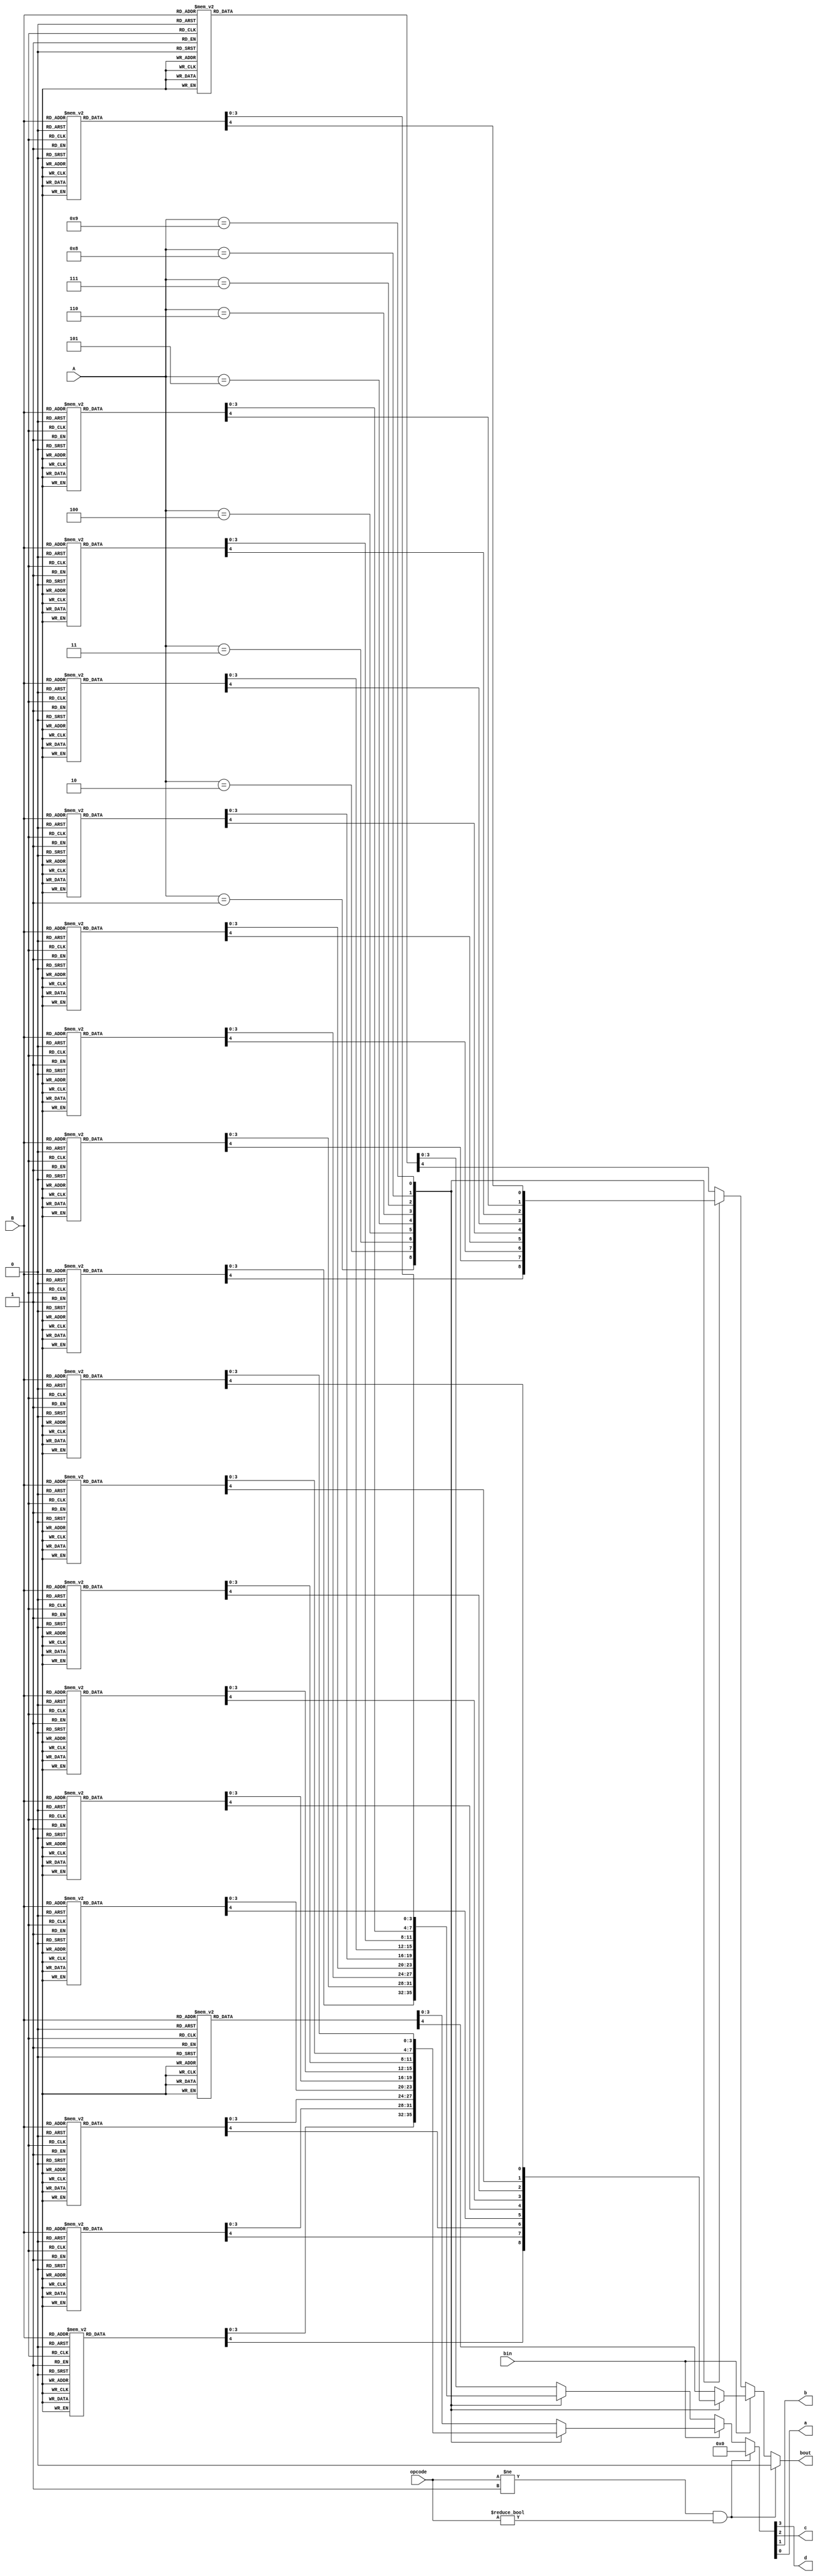
`timescale 1ns / 1ps
//////////////////////////////////////////////////////////////////////////////////
// Company: 
// Engineer: 
// 
// Design Name: 
// Module Name: byteSubtract
// Project Name: 
// Target Devices: 
// Tool Versions: 
// Description: 
// 
// Dependencies: 
// 
// Revision:
// Revision 0.01 - File Created
// Additional Comments:
// 
//////////////////////////////////////////////////////////////////////////////////


module byteSubtract( // B(acc) - A(input) - bin
    output wire d, c, b, a,
    output reg bout,
    input wire [3:0] A,
    input wire [3:0] B,
    input wire bin,
    input wire [2:0] opcode 
    );
    
    reg [3:0] value_out;
    assign {d,c,b,a} = value_out;
    
    always @(A or B or bin or opcode) begin
        if (opcode != 3'h1 && opcode != 3'h0) begin
            value_out = 4'h0; 
            bout = 1'h0;
        end else if (bin) begin
            case (A)
                4'h1 : begin
                    case(B) 
                        4'h1: begin value_out = 4'h9; bout = 1'h1; end
                        4'h2: begin value_out = 4'h0; bout = 1'h0; end
                        4'h3: begin value_out = 4'h1; bout = 1'h0; end
                        4'h4: begin value_out = 4'h2; bout = 1'h0; end
                        4'h5: begin value_out = 4'h3; bout = 1'h0; end
                        4'h6: begin value_out = 4'h4; bout = 1'h0; end
                        4'h7: begin value_out = 4'h5; bout = 1'h0; end
                        4'h8: begin value_out = 4'h6; bout = 1'h0; end
                        4'h9: begin value_out = 4'h7; bout = 1'h0; end
                        default: begin value_out = 4'h8; bout = 1'h1; end
                    endcase
                end
                4'h2 : begin
                    case(B) 
                        4'h1: begin value_out = 4'h8; bout = 1'h1; end
                        4'h2: begin value_out = 4'h9; bout = 1'h1; end
                        4'h3: begin value_out = 4'h0; bout = 1'h0; end
                        4'h4: begin value_out = 4'h1; bout = 1'h0; end
                        4'h5: begin value_out = 4'h2; bout = 1'h0; end
                        4'h6: begin value_out = 4'h3; bout = 1'h0; end
                        4'h7: begin value_out = 4'h4; bout = 1'h0; end
                        4'h8: begin value_out = 4'h5; bout = 1'h0; end
                        4'h9: begin value_out = 4'h6; bout = 1'h0; end
                        default: begin value_out = 4'h7; bout = 1'h1; end
                    endcase
                end
                4'h3 : begin
                    case(B) 
                        4'h1: begin value_out = 4'h7; bout = 1'h1; end
                        4'h2: begin value_out = 4'h8; bout = 1'h1; end
                        4'h3: begin value_out = 4'h9; bout = 1'h1; end
                        4'h4: begin value_out = 4'h0; bout = 1'h0; end
                        4'h5: begin value_out = 4'h1; bout = 1'h0; end
                        4'h6: begin value_out = 4'h2; bout = 1'h0; end
                        4'h7: begin value_out = 4'h3; bout = 1'h0; end
                        4'h8: begin value_out = 4'h4; bout = 1'h0; end
                        4'h9: begin value_out = 4'h5; bout = 1'h0; end
                        default: begin value_out = 4'h6; bout = 1'h1; end
                    endcase
                end
                4'h4 : begin
                    case(B) 
                        4'h1: begin value_out = 4'h6; bout = 1'h1; end
                        4'h2: begin value_out = 4'h7; bout = 1'h1; end
                        4'h3: begin value_out = 4'h8; bout = 1'h1; end
                        4'h4: begin value_out = 4'h9; bout = 1'h1; end
                        4'h5: begin value_out = 4'h0; bout = 1'h0; end
                        4'h6: begin value_out = 4'h1; bout = 1'h0; end
                        4'h7: begin value_out = 4'h2; bout = 1'h0; end
                        4'h8: begin value_out = 4'h3; bout = 1'h0; end
                        4'h9: begin value_out = 4'h4; bout = 1'h0; end
                        default: begin value_out = 4'h5; bout = 1'h1; end
                    endcase
                end
                4'h5 : begin
                    case(B) 
                        4'h1: begin value_out = 4'h5; bout = 1'h1; end
                        4'h2: begin value_out = 4'h6; bout = 1'h1; end
                        4'h3: begin value_out = 4'h7; bout = 1'h1; end
                        4'h4: begin value_out = 4'h8; bout = 1'h1; end
                        4'h5: begin value_out = 4'h9; bout = 1'h1; end
                        4'h6: begin value_out = 4'h0; bout = 1'h0; end
                        4'h7: begin value_out = 4'h1; bout = 1'h0; end
                        4'h8: begin value_out = 4'h2; bout = 1'h0; end
                        4'h9: begin value_out = 4'h3; bout = 1'h0; end
                        default: begin value_out = 4'h4; bout = 1'h1; end
                    endcase
                end
                4'h6 : begin
                    case(B) 
                        4'h1: begin value_out = 4'h4; bout = 1'h1; end
                        4'h2: begin value_out = 4'h5; bout = 1'h1; end
                        4'h3: begin value_out = 4'h6; bout = 1'h1; end
                        4'h4: begin value_out = 4'h7; bout = 1'h1; end
                        4'h5: begin value_out = 4'h8; bout = 1'h1; end
                        4'h6: begin value_out = 4'h9; bout = 1'h1; end
                        4'h7: begin value_out = 4'h0; bout = 1'h0; end
                        4'h8: begin value_out = 4'h1; bout = 1'h0; end
                        4'h9: begin value_out = 4'h2; bout = 1'h0; end
                        default: begin value_out = 4'h3; bout = 1'h1; end
                    endcase
                end
                4'h7 : begin
                    case(B) 
                        4'h1: begin value_out = 4'h3; bout = 1'h1; end
                        4'h2: begin value_out = 4'h4; bout = 1'h1; end
                        4'h3: begin value_out = 4'h5; bout = 1'h1; end
                        4'h4: begin value_out = 4'h6; bout = 1'h1; end
                        4'h5: begin value_out = 4'h7; bout = 1'h1; end
                        4'h6: begin value_out = 4'h8; bout = 1'h1; end
                        4'h7: begin value_out = 4'h9; bout = 1'h1; end
                        4'h8: begin value_out = 4'h0; bout = 1'h0; end
                        4'h9: begin value_out = 4'h1; bout = 1'h0; end
                        default: begin value_out = 4'h2; bout = 1'h1; end
                    endcase
                end
                4'h8 : begin
                    case(B) 
                        4'h1: begin value_out = 4'h2; bout = 1'h1; end
                        4'h2: begin value_out = 4'h3; bout = 1'h1; end
                        4'h3: begin value_out = 4'h4; bout = 1'h1; end
                        4'h4: begin value_out = 4'h5; bout = 1'h1; end
                        4'h5: begin value_out = 4'h6; bout = 1'h1; end
                        4'h6: begin value_out = 4'h7; bout = 1'h1; end
                        4'h7: begin value_out = 4'h8; bout = 1'h1; end
                        4'h8: begin value_out = 4'h9; bout = 1'h1; end
                        4'h9: begin value_out = 4'h0; bout = 1'h0; end
                        default: begin value_out = 4'h1; bout = 1'h1; end
                    endcase
                end
                4'h9 : begin
                    case(B) 
                        4'h1: begin value_out = 4'h1; bout = 1'h1; end
                        4'h2: begin value_out = 4'h2; bout = 1'h1; end
                        4'h3: begin value_out = 4'h3; bout = 1'h1; end
                        4'h4: begin value_out = 4'h4; bout = 1'h1; end
                        4'h5: begin value_out = 4'h5; bout = 1'h1; end
                        4'h6: begin value_out = 4'h6; bout = 1'h1; end
                        4'h7: begin value_out = 4'h7; bout = 1'h1; end
                        4'h8: begin value_out = 4'h8; bout = 1'h1; end
                        4'h9: begin value_out = 4'h9; bout = 1'h1; end
                        default: begin value_out = 4'h0; bout = 1'h1; end
                    endcase
                end
                default : begin
                    case(B) 
                        4'h1: begin value_out = 4'h0; bout = 1'h0; end
                        4'h2: begin value_out = 4'h1; bout = 1'h0; end
                        4'h3: begin value_out = 4'h2; bout = 1'h0; end
                        4'h4: begin value_out = 4'h3; bout = 1'h0; end
                        4'h5: begin value_out = 4'h4; bout = 1'h0; end
                        4'h6: begin value_out = 4'h5; bout = 1'h0; end
                        4'h7: begin value_out = 4'h6; bout = 1'h0; end
                        4'h8: begin value_out = 4'h7; bout = 1'h0; end
                        4'h9: begin value_out = 4'h8; bout = 1'h0; end
                        default: begin value_out = 4'h9; bout = 1'h1; end
                    endcase
                end
            endcase
        end else begin
            case (A)
                4'h1 : begin
                    case(B) 
                        4'h1: begin value_out = 4'h0; bout = 1'h0; end
                        4'h2: begin value_out = 4'h1; bout = 1'h0; end
                        4'h3: begin value_out = 4'h2; bout = 1'h0; end
                        4'h4: begin value_out = 4'h3; bout = 1'h0; end
                        4'h5: begin value_out = 4'h4; bout = 1'h0; end
                        4'h6: begin value_out = 4'h5; bout = 1'h0; end
                        4'h7: begin value_out = 4'h6; bout = 1'h0; end
                        4'h8: begin value_out = 4'h7; bout = 1'h0; end
                        4'h9: begin value_out = 4'h8; bout = 1'h0; end
                        default: begin value_out = 4'h9; bout = 1'h1; end
                    endcase
                end
                4'h2 : begin
                    case(B) 
                        4'h1: begin value_out = 4'h9; bout = 1'h1; end
                        4'h2: begin value_out = 4'h0; bout = 1'h0; end
                        4'h3: begin value_out = 4'h1; bout = 1'h0; end
                        4'h4: begin value_out = 4'h2; bout = 1'h0; end
                        4'h5: begin value_out = 4'h3; bout = 1'h0; end
                        4'h6: begin value_out = 4'h4; bout = 1'h0; end
                        4'h7: begin value_out = 4'h5; bout = 1'h0; end
                        4'h8: begin value_out = 4'h6; bout = 1'h0; end
                        4'h9: begin value_out = 4'h7; bout = 1'h0; end
                        default: begin value_out = 4'h8; bout = 1'h1; end
                    endcase
                end
                4'h3 : begin
                    case(B) 
                        4'h1: begin value_out = 4'h8; bout = 1'h1; end
                        4'h2: begin value_out = 4'h9; bout = 1'h1; end
                        4'h3: begin value_out = 4'h0; bout = 1'h0; end
                        4'h4: begin value_out = 4'h1; bout = 1'h0; end
                        4'h5: begin value_out = 4'h2; bout = 1'h0; end
                        4'h6: begin value_out = 4'h3; bout = 1'h0; end
                        4'h7: begin value_out = 4'h4; bout = 1'h0; end
                        4'h8: begin value_out = 4'h5; bout = 1'h0; end
                        4'h9: begin value_out = 4'h6; bout = 1'h0; end
                        default: begin value_out = 4'h7; bout = 1'h1; end
                    endcase
                end
                4'h4 : begin
                    case(B) 
                        4'h1: begin value_out = 4'h7; bout = 1'h1; end
                        4'h2: begin value_out = 4'h8; bout = 1'h1; end
                        4'h3: begin value_out = 4'h9; bout = 1'h1; end
                        4'h4: begin value_out = 4'h0; bout = 1'h0; end
                        4'h5: begin value_out = 4'h1; bout = 1'h0; end
                        4'h6: begin value_out = 4'h2; bout = 1'h0; end
                        4'h7: begin value_out = 4'h3; bout = 1'h0; end
                        4'h8: begin value_out = 4'h4; bout = 1'h0; end
                        4'h9: begin value_out = 4'h5; bout = 1'h0; end
                        default: begin value_out = 4'h6; bout = 1'h1; end
                    endcase
                end
                4'h5 : begin
                    case(B) 
                        4'h1: begin value_out = 4'h6; bout = 1'h1; end
                        4'h2: begin value_out = 4'h7; bout = 1'h1; end
                        4'h3: begin value_out = 4'h8; bout = 1'h1; end
                        4'h4: begin value_out = 4'h9; bout = 1'h1; end
                        4'h5: begin value_out = 4'h0; bout = 1'h0; end
                        4'h6: begin value_out = 4'h1; bout = 1'h0; end
                        4'h7: begin value_out = 4'h2; bout = 1'h0; end
                        4'h8: begin value_out = 4'h3; bout = 1'h0; end
                        4'h9: begin value_out = 4'h4; bout = 1'h0; end
                        default: begin value_out = 4'h5; bout = 1'h1; end
                    endcase
                end
                4'h6 : begin
                    case(B) 
                        4'h1: begin value_out = 4'h5; bout = 1'h1; end
                        4'h2: begin value_out = 4'h6; bout = 1'h1; end
                        4'h3: begin value_out = 4'h7; bout = 1'h1; end
                        4'h4: begin value_out = 4'h8; bout = 1'h1; end
                        4'h5: begin value_out = 4'h9; bout = 1'h1; end
                        4'h6: begin value_out = 4'h0; bout = 1'h0; end
                        4'h7: begin value_out = 4'h1; bout = 1'h0; end
                        4'h8: begin value_out = 4'h2; bout = 1'h0; end
                        4'h9: begin value_out = 4'h3; bout = 1'h0; end
                        default: begin value_out = 4'h4; bout = 1'h1; end
                    endcase
                end
                4'h7 : begin
                    case(B) 
                        4'h1: begin value_out = 4'h4; bout = 1'h1; end
                        4'h2: begin value_out = 4'h5; bout = 1'h1; end
                        4'h3: begin value_out = 4'h6; bout = 1'h1; end
                        4'h4: begin value_out = 4'h7; bout = 1'h1; end
                        4'h5: begin value_out = 4'h8; bout = 1'h1; end
                        4'h6: begin value_out = 4'h9; bout = 1'h1; end
                        4'h7: begin value_out = 4'h0; bout = 1'h0; end
                        4'h8: begin value_out = 4'h1; bout = 1'h0; end
                        4'h9: begin value_out = 4'h2; bout = 1'h0; end
                        default: begin value_out = 4'h3; bout = 1'h1; end
                    endcase
                end
                4'h8 : begin
                    case(B) 
                        4'h1: begin value_out = 4'h3; bout = 1'h1; end
                        4'h2: begin value_out = 4'h4; bout = 1'h1; end
                        4'h3: begin value_out = 4'h5; bout = 1'h1; end
                        4'h4: begin value_out = 4'h6; bout = 1'h1; end
                        4'h5: begin value_out = 4'h7; bout = 1'h1; end
                        4'h6: begin value_out = 4'h8; bout = 1'h1; end
                        4'h7: begin value_out = 4'h9; bout = 1'h1; end
                        4'h8: begin value_out = 4'h0; bout = 1'h0; end
                        4'h9: begin value_out = 4'h1; bout = 1'h0; end
                        default: begin value_out = 4'h2; bout = 1'h1; end
                    endcase
                end
                4'h9 : begin
                    case(B) 
                        4'h1: begin value_out = 4'h2; bout = 1'h1; end
                        4'h2: begin value_out = 4'h3; bout = 1'h1; end
                        4'h3: begin value_out = 4'h4; bout = 1'h1; end
                        4'h4: begin value_out = 4'h5; bout = 1'h1; end
                        4'h5: begin value_out = 4'h6; bout = 1'h1; end
                        4'h6: begin value_out = 4'h7; bout = 1'h1; end
                        4'h7: begin value_out = 4'h8; bout = 1'h1; end
                        4'h8: begin value_out = 4'h9; bout = 1'h1; end
                        4'h9: begin value_out = 4'h0; bout = 1'h0; end
                        default: begin value_out = 4'h1; bout = 1'h1; end
                    endcase
                end
                default : begin
                    case(B) 
                        4'h1: begin value_out = 4'h1; bout = 1'h0; end
                        4'h2: begin value_out = 4'h2; bout = 1'h0; end
                        4'h3: begin value_out = 4'h3; bout = 1'h0; end
                        4'h4: begin value_out = 4'h4; bout = 1'h0; end
                        4'h5: begin value_out = 4'h5; bout = 1'h0; end
                        4'h6: begin value_out = 4'h6; bout = 1'h0; end
                        4'h7: begin value_out = 4'h7; bout = 1'h0; end
                        4'h8: begin value_out = 4'h8; bout = 1'h0; end
                        4'h9: begin value_out = 4'h9; bout = 1'h0; end
                        default: begin value_out = 4'h0; bout = 1'h0; end
                    endcase
                end
            endcase
        end
    end
endmodule